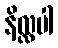
နိလ္လပါ